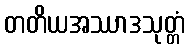
တတိယအဿာဒသုတ္တံ